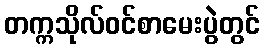
တက္ကသိုလ်ဝင်စာမေးပွဲတွင်